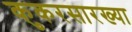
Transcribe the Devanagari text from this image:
कुकरसारख्या